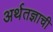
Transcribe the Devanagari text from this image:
अर्थतज्ञाची